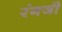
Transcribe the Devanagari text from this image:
रंगजी